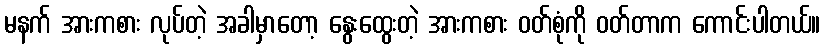
မနက် အားကစား လုပ်တဲ့ အခါမှာတော့ နွေးထွေးတဲ့ အားကစား ဝတ်စုံကို ဝတ်တာက ကောင်းပါတယ်။